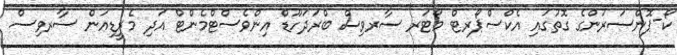
ކޯ-ޕޮންސަރުންގެ ގޮތުގައި އެކްސްޕޯރޓް މޯޓަރ ސާރވިސް ބްރަދަހޫޑް އިންވެސްޓްމެންޓް އަދި މެރީޑިއަން ސާރވިސް